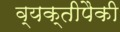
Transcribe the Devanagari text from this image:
व्यक्तीपैकी